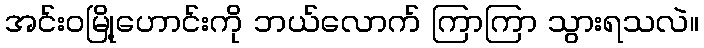
အင်းဝမြို့ဟောင်းကို ဘယ်လောက် ကြာကြာ သွားရသလဲ။